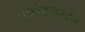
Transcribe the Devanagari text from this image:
खेळीदरम्यान